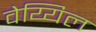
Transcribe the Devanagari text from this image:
वेय्यिल